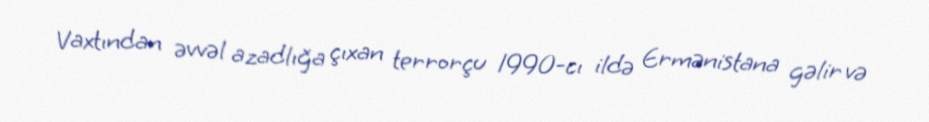
Vaxtından əvvəl azadlığa çıxan terrorçu 1990-cı ildə Ermənistana gəlir və